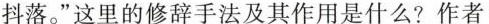
抖落。”这里的修辞手法及其作用是什么?作者